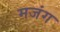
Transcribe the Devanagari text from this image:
मजंग